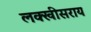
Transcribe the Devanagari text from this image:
लक्खीसराय